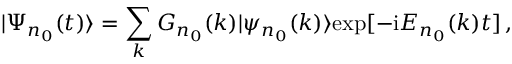
| \Psi _ { n _ { 0 } } ( t ) \rangle = \sum _ { k } G _ { n _ { 0 } } ( k ) | \psi _ { n _ { 0 } } ( k ) \rangle \mathrm { e x p } [ - \mathrm { i } E _ { n _ { 0 } } ( k ) t ] \, ,